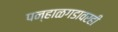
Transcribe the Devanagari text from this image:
पन्हाळगडावरही